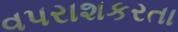
વપરાશકરતા